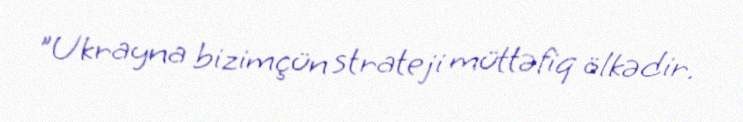
"Ukrayna bizimçün strateji müttəfiq ölkədir.